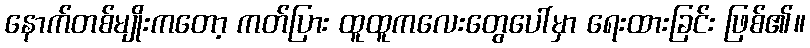
နောက်တစ်မျိုးကတော့ ကတ်ပြား ထူထူကလေးတွေပေါ်မှာ ရေးထားခြင်း ဖြစ်၏။